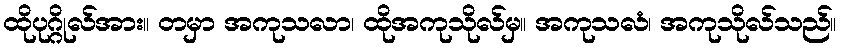
ထိုပုဂ္ဂိုလ်အား။ တမှာ အကုသလာ၊ ထိုအကုသိုလ်မှ။ အကုသလံ၊ အကုသိုလ်သည်။